65_HS1-834228961_62-HQ-83894_Section_9
Agency: FBI
Page 140
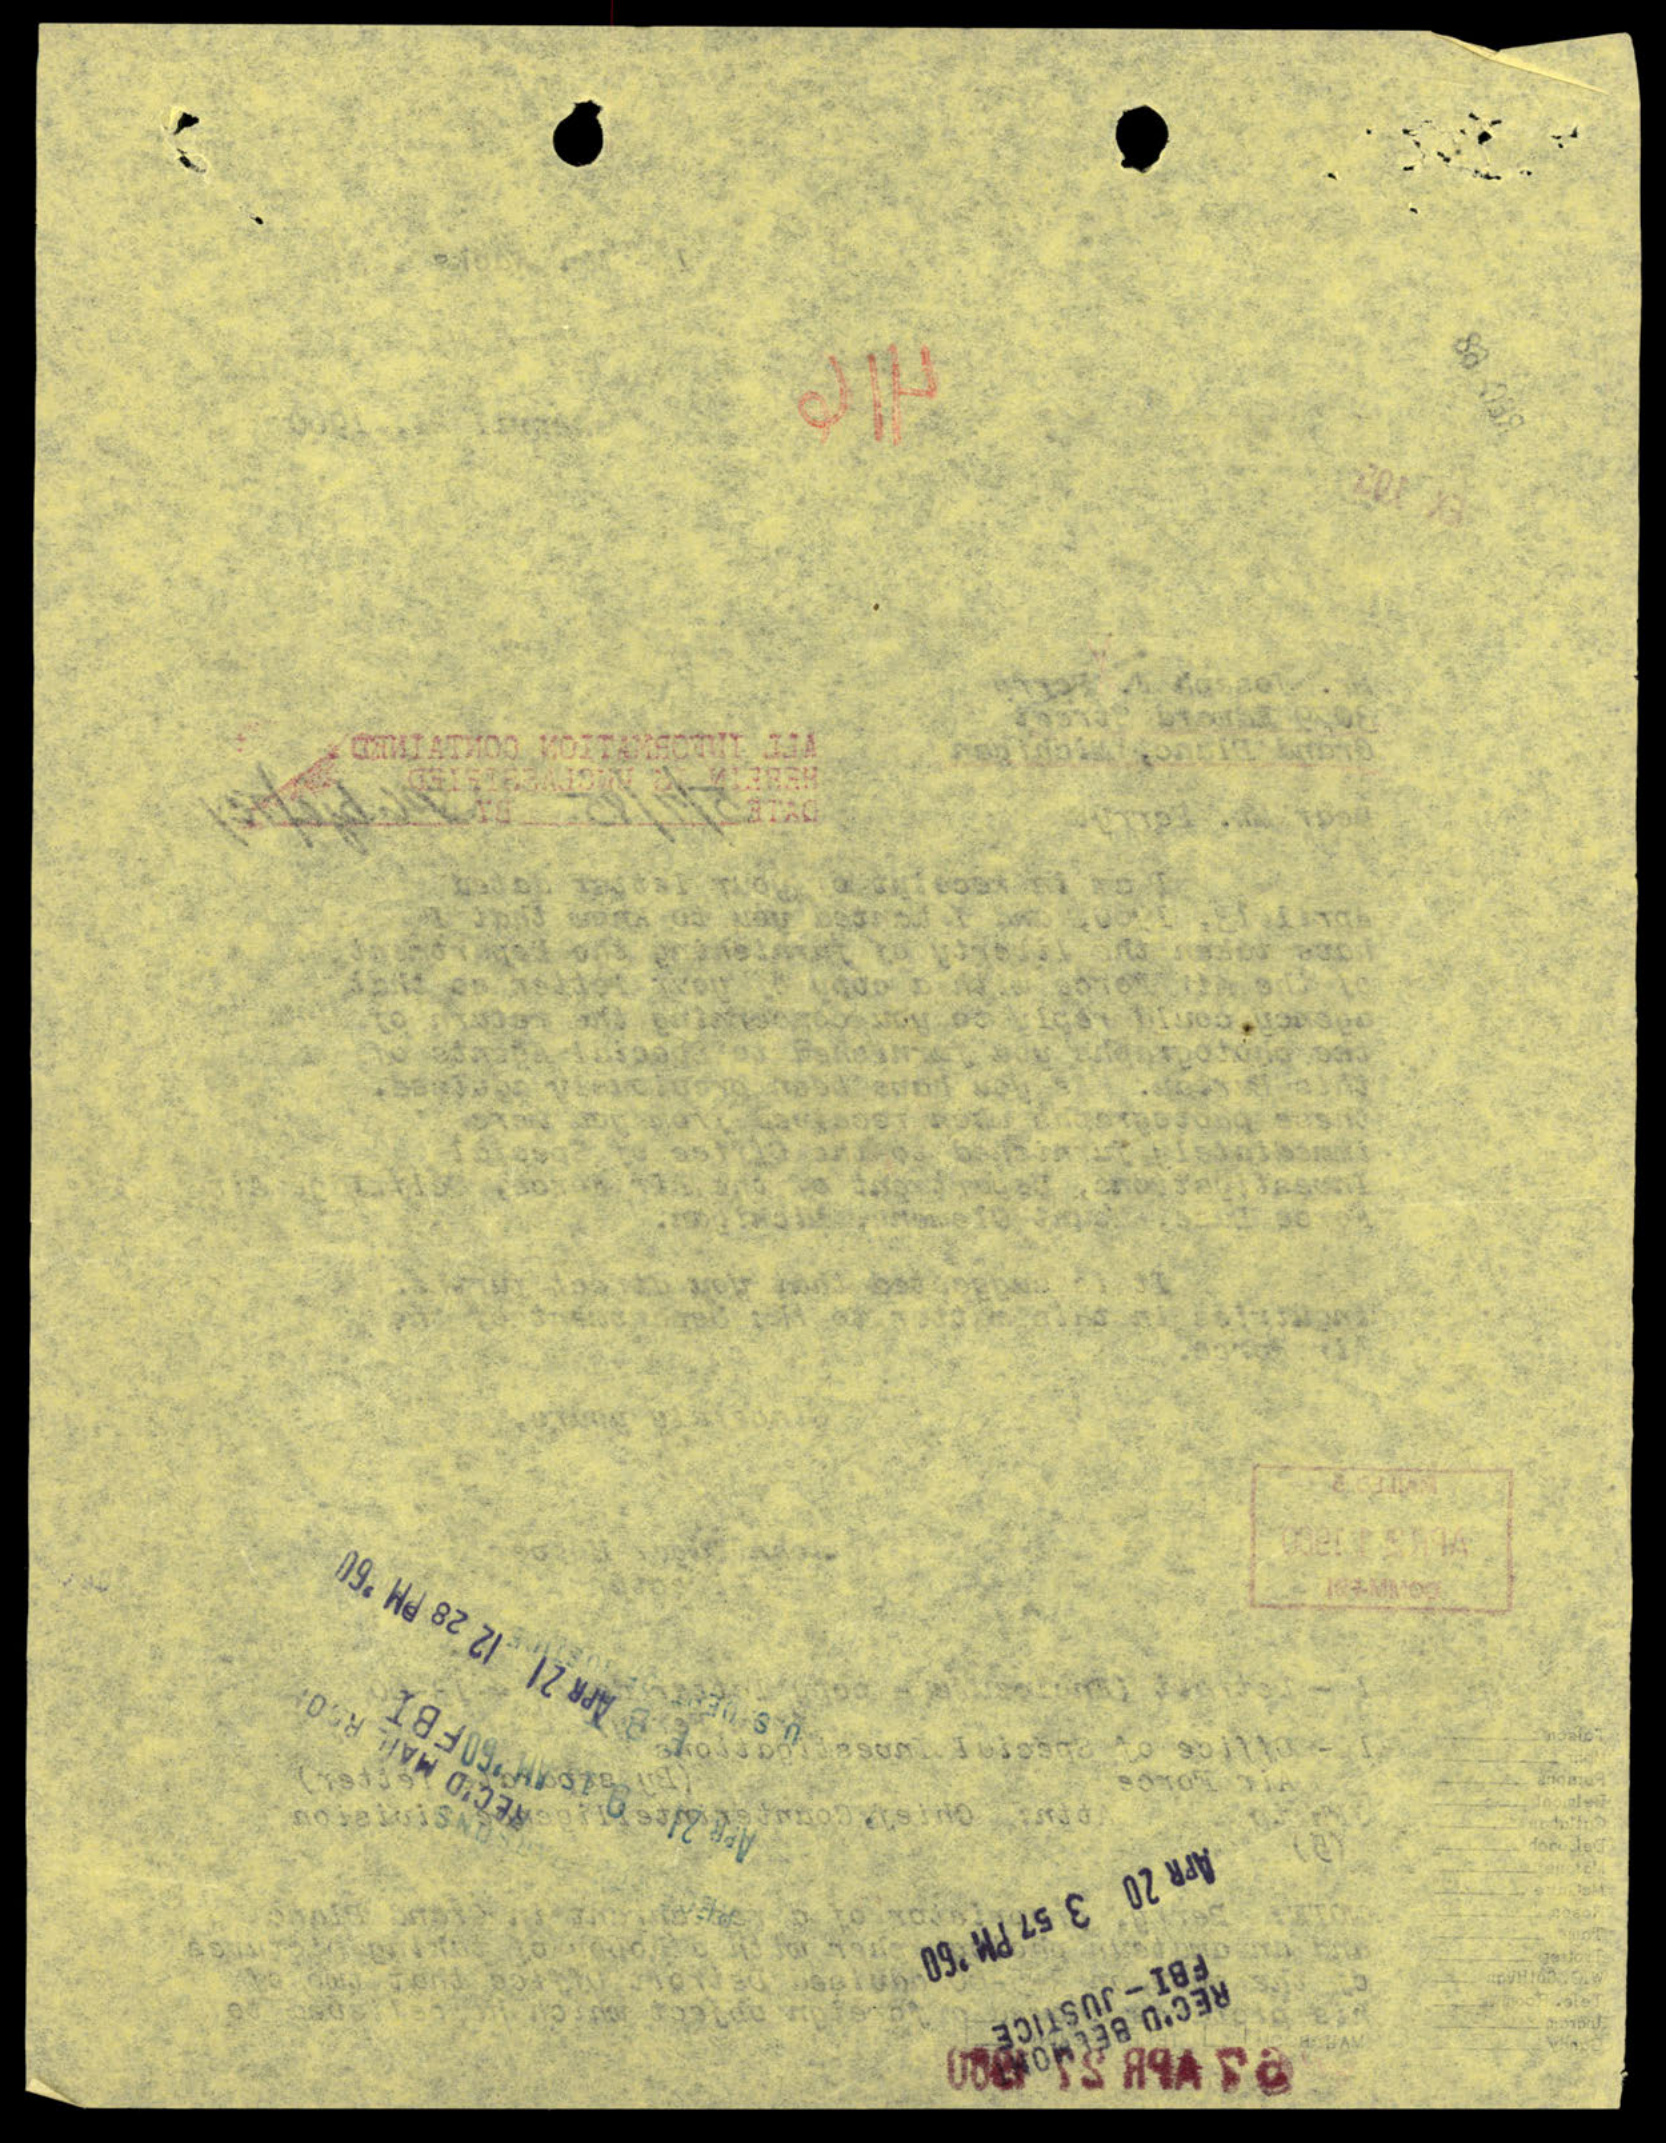